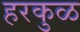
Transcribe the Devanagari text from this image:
हरकुळ